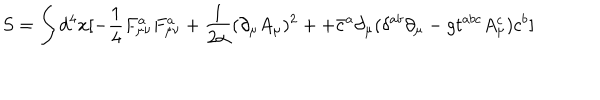
S = \int d ^ { 4 } x [ - \frac { 1 } { 4 } F _ { \mu \nu } ^ { a } F _ { \mu \nu } ^ { a } + \frac { 1 } { 2 \alpha } ( \partial _ { \mu } A _ { \mu } ) ^ { 2 } + + \bar { c } ^ { a } \partial _ { \mu } ( \delta ^ { a b } \partial _ { \mu } - g t ^ { a b c } A _ { \mu } ^ { c } ) c ^ { b } ]